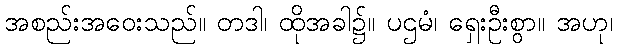
အစည်းအဝေးသည်။ တဒါ၊ ထိုအခါ၌။ ပဌမံ၊ ရှေးဦးစွာ။ အဟု၊